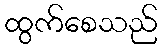
ထွက်စေသည်